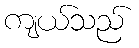
ကျယ်သည်